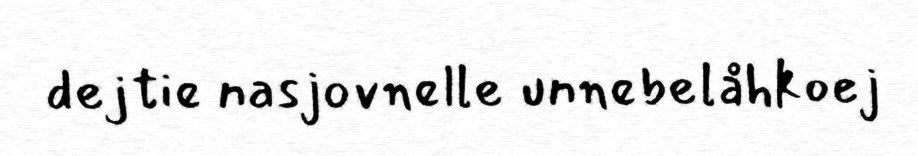
dejtie nasjovnelle unnebelåhkoej